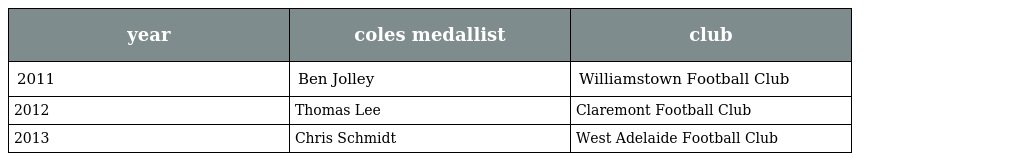
| year | coles medallist | club |
 | --- | --- | --- |
 | 2011 | Ben Jolley | Williamstown Football Club |
 | 2012 | Thomas Lee | Claremont Football Club |
 | 2013 | Chris Schmidt | West Adelaide Football Club |